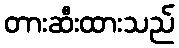
တားဆီးထားသည်